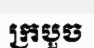
ក្របួច